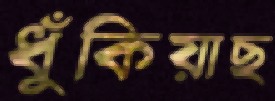
ধুঁকিয়াছ